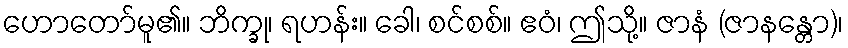
ဟောတော်မူ၏။ ဘိက္ခု၊ ရဟန်း။ ခေါ၊ စင်စစ်။ ဧဝံ၊ ဤသို့။ ဇာနံ (ဇာနန္တော)၊